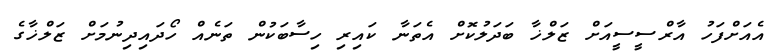
އެއަށްފަހު އާރްސީސީއަށް ޒަލްޚާ ބަދަލުކޮށް އެތަނާ ކައިރި ހިސާބަކުން ތަނެއް ހޯދައިދިނުމަށް ޒަލްޚާގެ